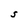
Character: S